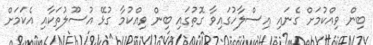
ބިން ވިއްކުމަށް ގެނައި އިސްލާހުގައިވާ ގޮތުގައި ބިން ވިއްކުމާ ގުޅޭ އުސޫލުތަކާއި އެކަމަށް